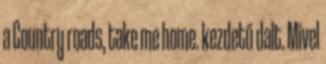
a Country roads, take me home. kezdetű dalt. Mivel